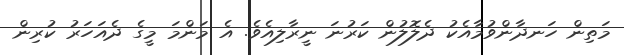
މަތިން ހަނދާންވުމާއެކު ދެލޮލުން ކަރުނަ ނީރާލިއެވެ. އެ މަންމަ މީގެ ދެއަހަރު ކުރިން